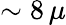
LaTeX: \sim 8\, \mu